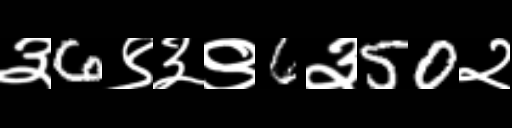
Text: ३6९३९6३50२